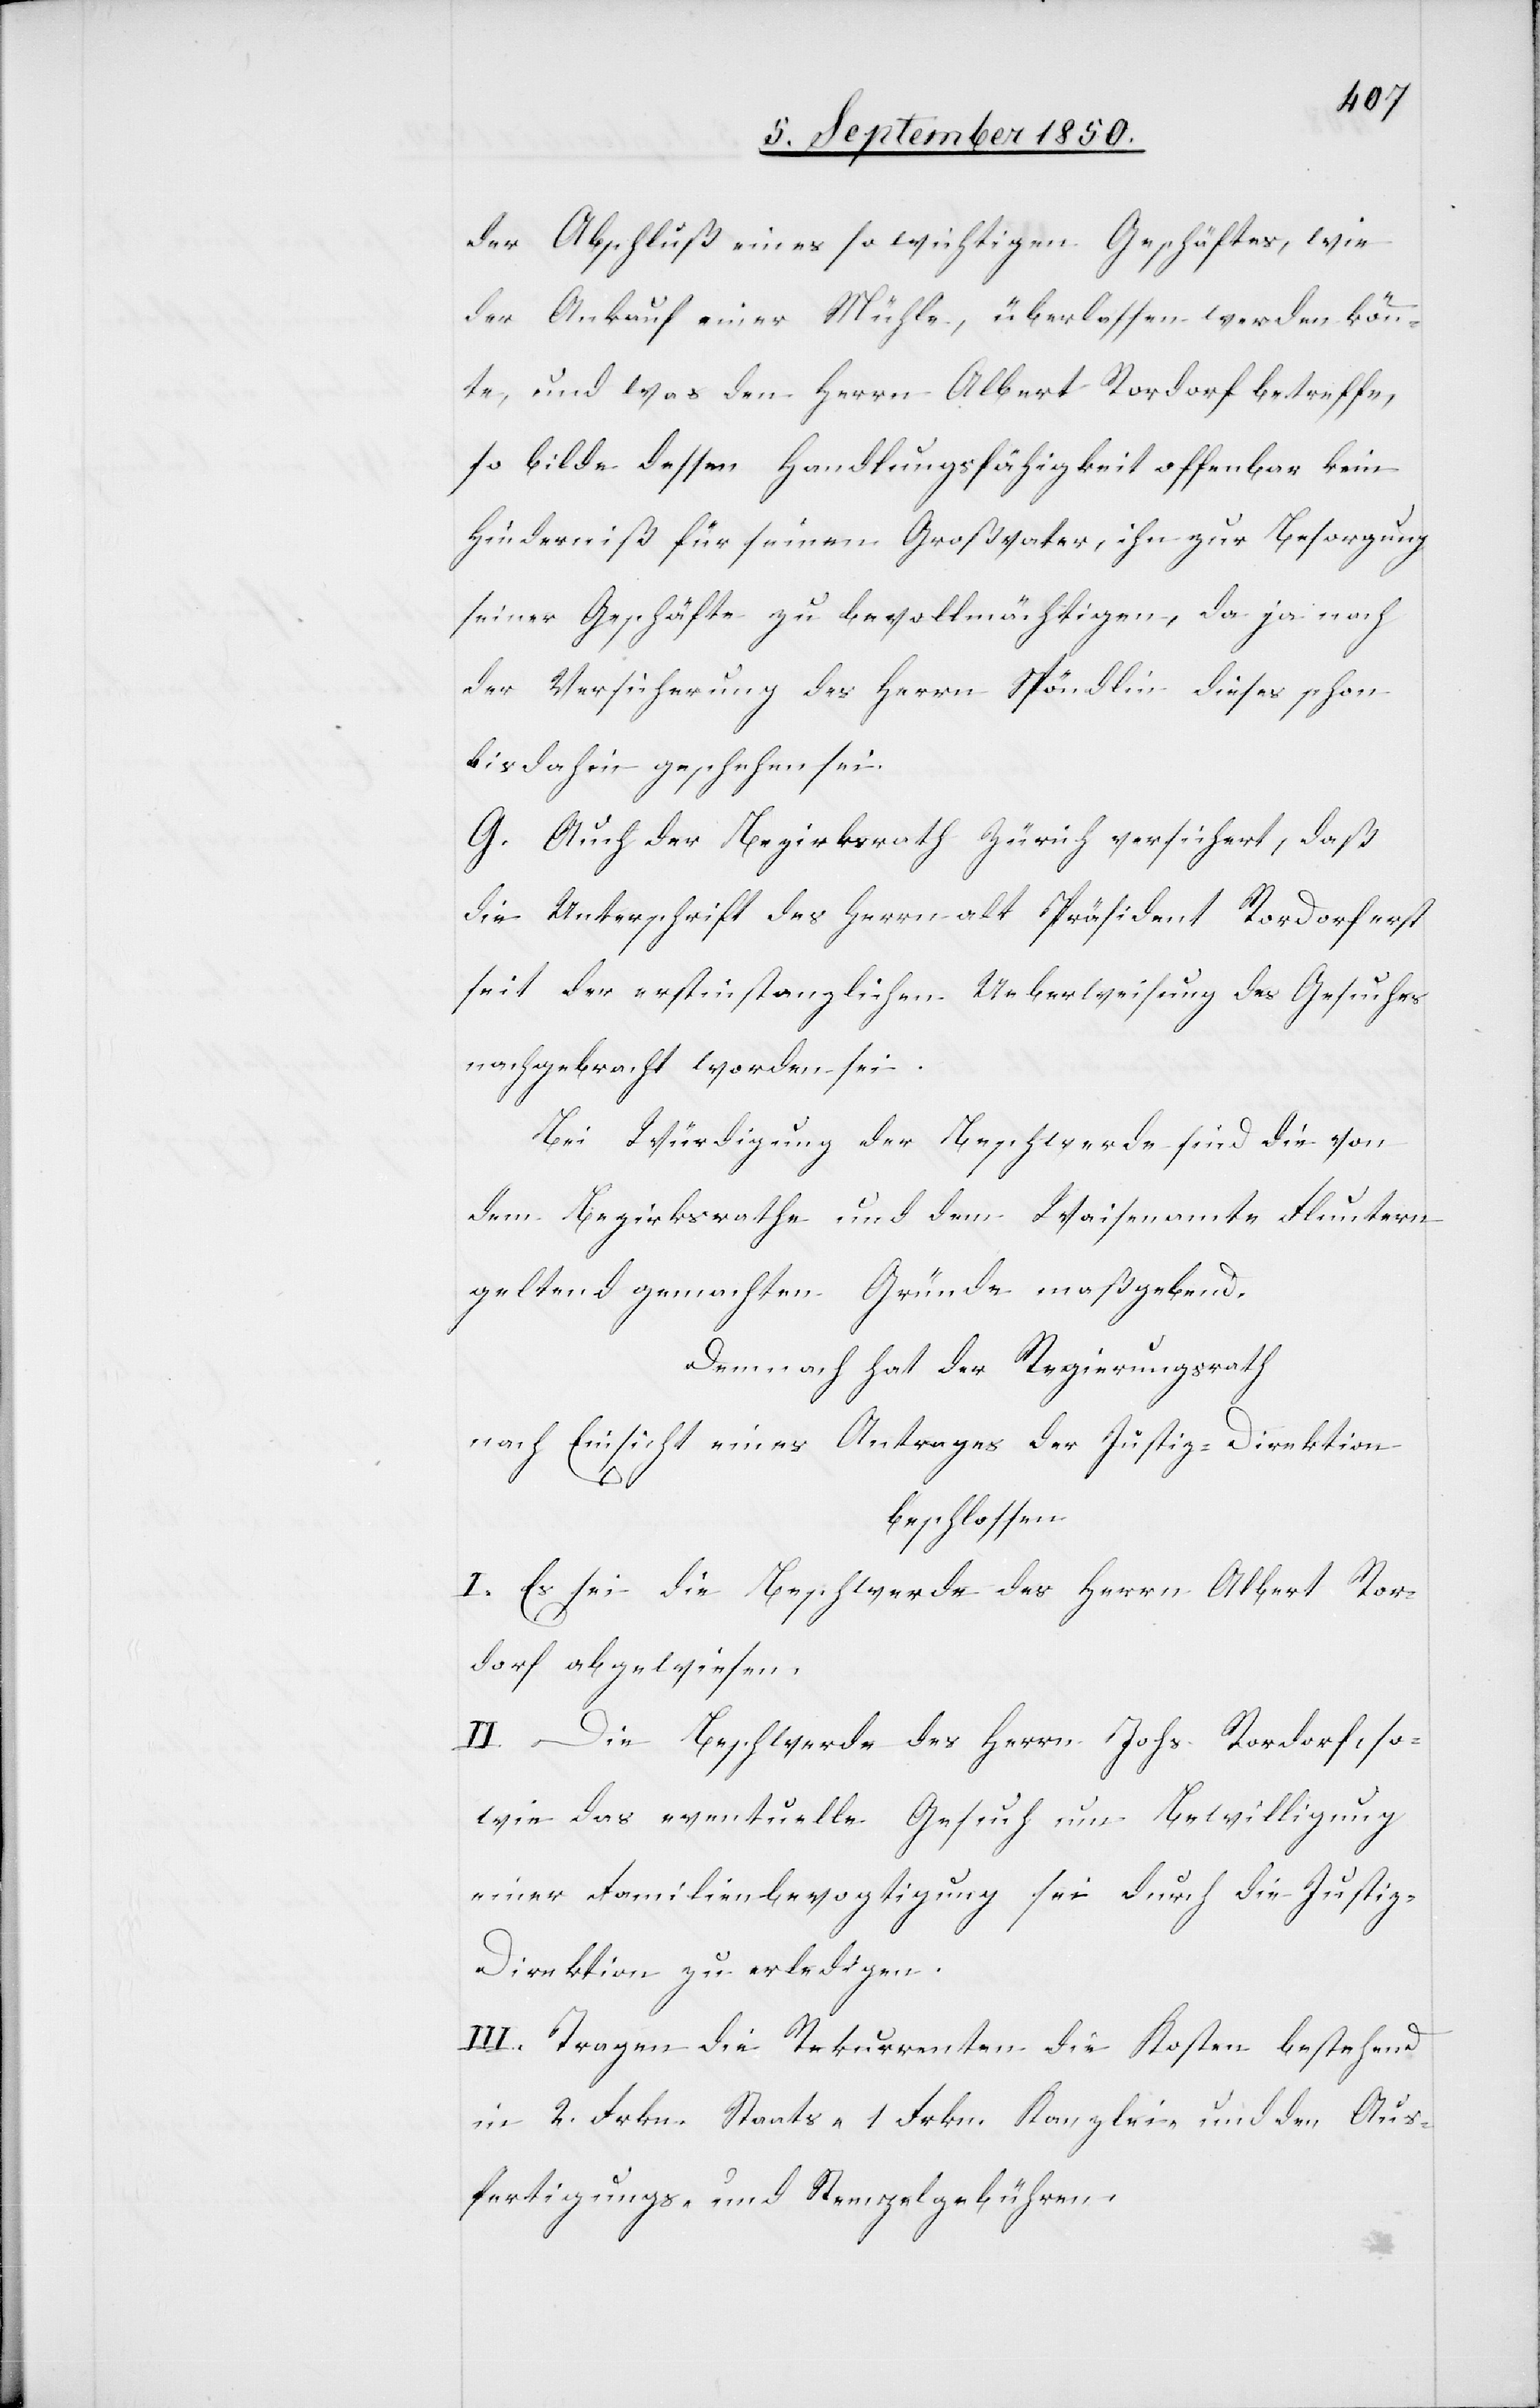
der Abschluß eines so wichtigen Geschäftes, wie
der Ankauf einer Mühle, überlassen werden könn¬
te, und was den Herrn Albert Rordorf betreffe,
so bilde dessen Handlungsfähigkeit offenbar kein
Hinderniß für seinen Großvater, ihn zur Besorgung
seiner Geschäfte zu bevollmächtigen, da ja nach
der Versicherung des Herrn Spöndlin dieses schon
bis dahin geschehen sei.
G. Auch der Bezirksrath Zürich versichert, daß
die Unterschrift des Herrn alt Präsident Rordorf erst
seit der erstinstanzlichen Ueberweisung des Gesuches
nachgebracht worden sei.
Bei Würdigung der Beschwerde sind die von
dem Bezirksrathe und dem Waisenamte Fluntern
geltend gemachten Gründe maßgebend.
Demnach hat der Regierungsrath
nach Einsicht eines Antrages der Justiz-Direktion
beschlossen
I. Es sei die Beschwerde des Herrn Albert Ror¬
dorf abgewiesen.
II. die Beschwerde des Herrn Johs. Rordorf, so¬
wie das eventuelle Gesuch um Bewilligung
einer Familienbevogtigung sei durch die Justiz-D¬
irektion zu erledigen.
III. Tragen die Rekurrenten die Kosten bestehend
in 2. Frkn. Staats-[,] 1. Frkn. Kanzlei- und den Aus¬
fertigungs- und Stempelgebühren.